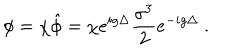
LaTeX: \phi = \chi \hat { \phi } = \chi e ^ { i g \Delta } \frac { \sigma ^ { 3 } } { 2 } e ^ { - i g \Delta } \ .